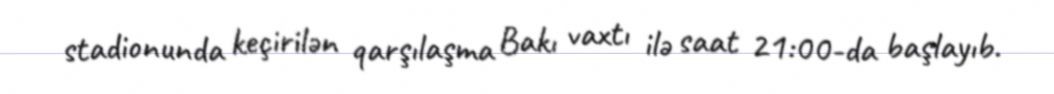
stadionunda keçirilən qarşılaşma Bakı vaxtı ilə saat 21:00-da başlayıb.